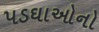
પડઘાઓનો